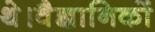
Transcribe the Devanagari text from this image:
थे।वैज्ञानिकों